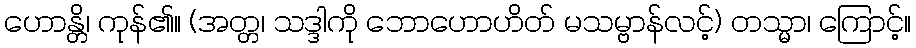
ဟောန္တိ၊ ကုန်၏။ (အတ္တ၊ သဒ္ဒါကို ဘောဟောဟိတ် မသမ္ဗာန်လင့်) တသ္မာ၊ ကြောင့်။